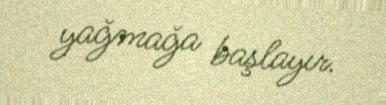
yağmağa başlayır.